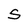
Character: S